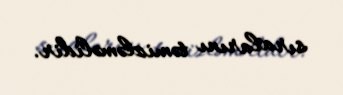
sıralarını təmizləməlidir.